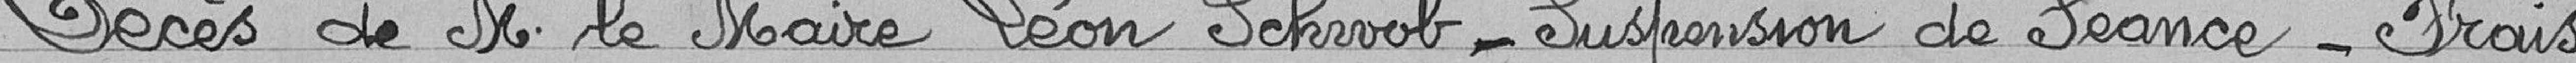
Décès de M. le Maire Léon Sschwob - Suspension de séance - Frais